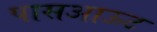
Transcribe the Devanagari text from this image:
पासआऊट